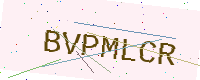
Text: BVPMLCR